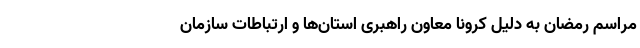
مراسم رمضان به دلیل کرونا معاون راهبری استان‌ها و ارتباطات سازمان